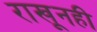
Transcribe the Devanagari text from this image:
राखूनही